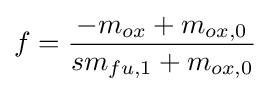
f={\frac {-m_{ox}+m_{ox,0}}{sm_{fu,1}+m_{ox,0}}}